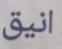
انيق